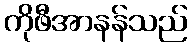
ကိုဖီအာနန်သည်